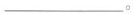
___。